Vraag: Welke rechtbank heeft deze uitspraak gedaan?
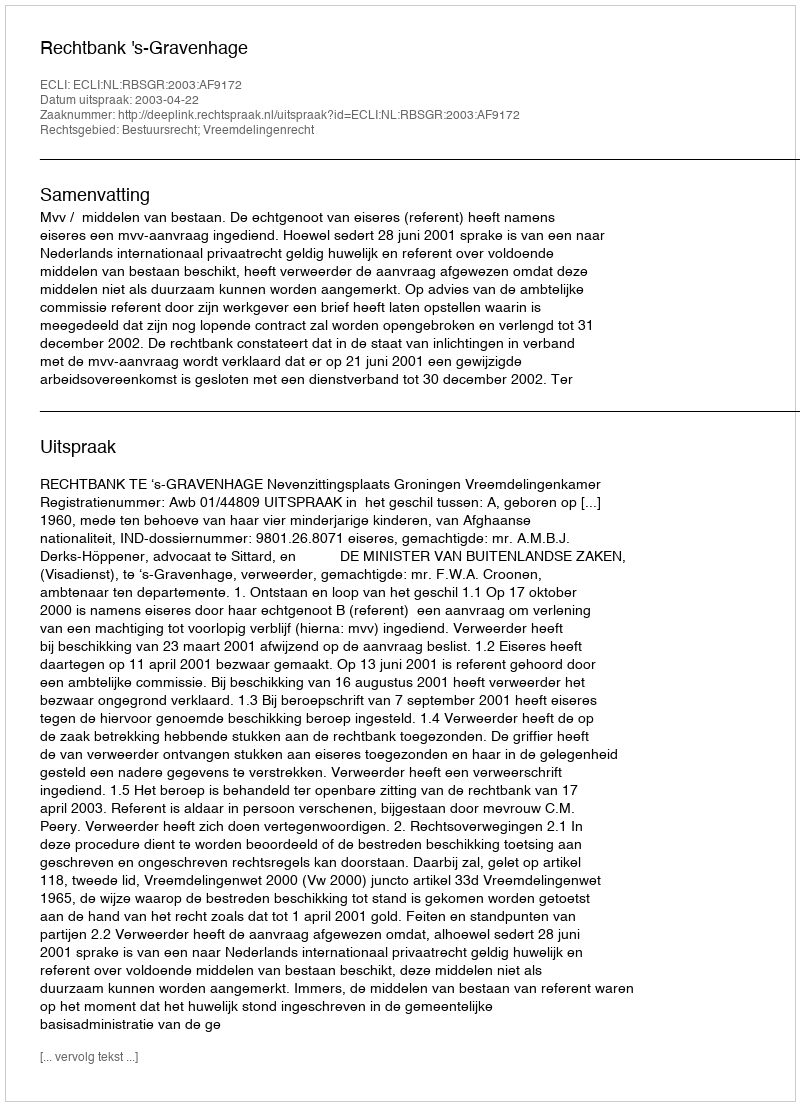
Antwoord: Rechtbank 's-Gravenhage